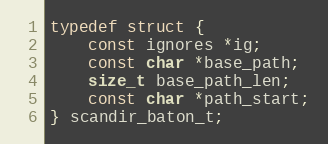
Language: C
typedef struct {
    const ignores *ig;
    const char *base_path;
    size_t base_path_len;
    const char *path_start;
} scandir_baton_t;